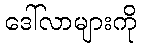
ဒေါ်လာများကို